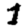
Digit: 1